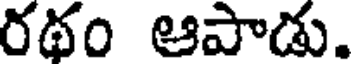
రథం ఆపాడు.